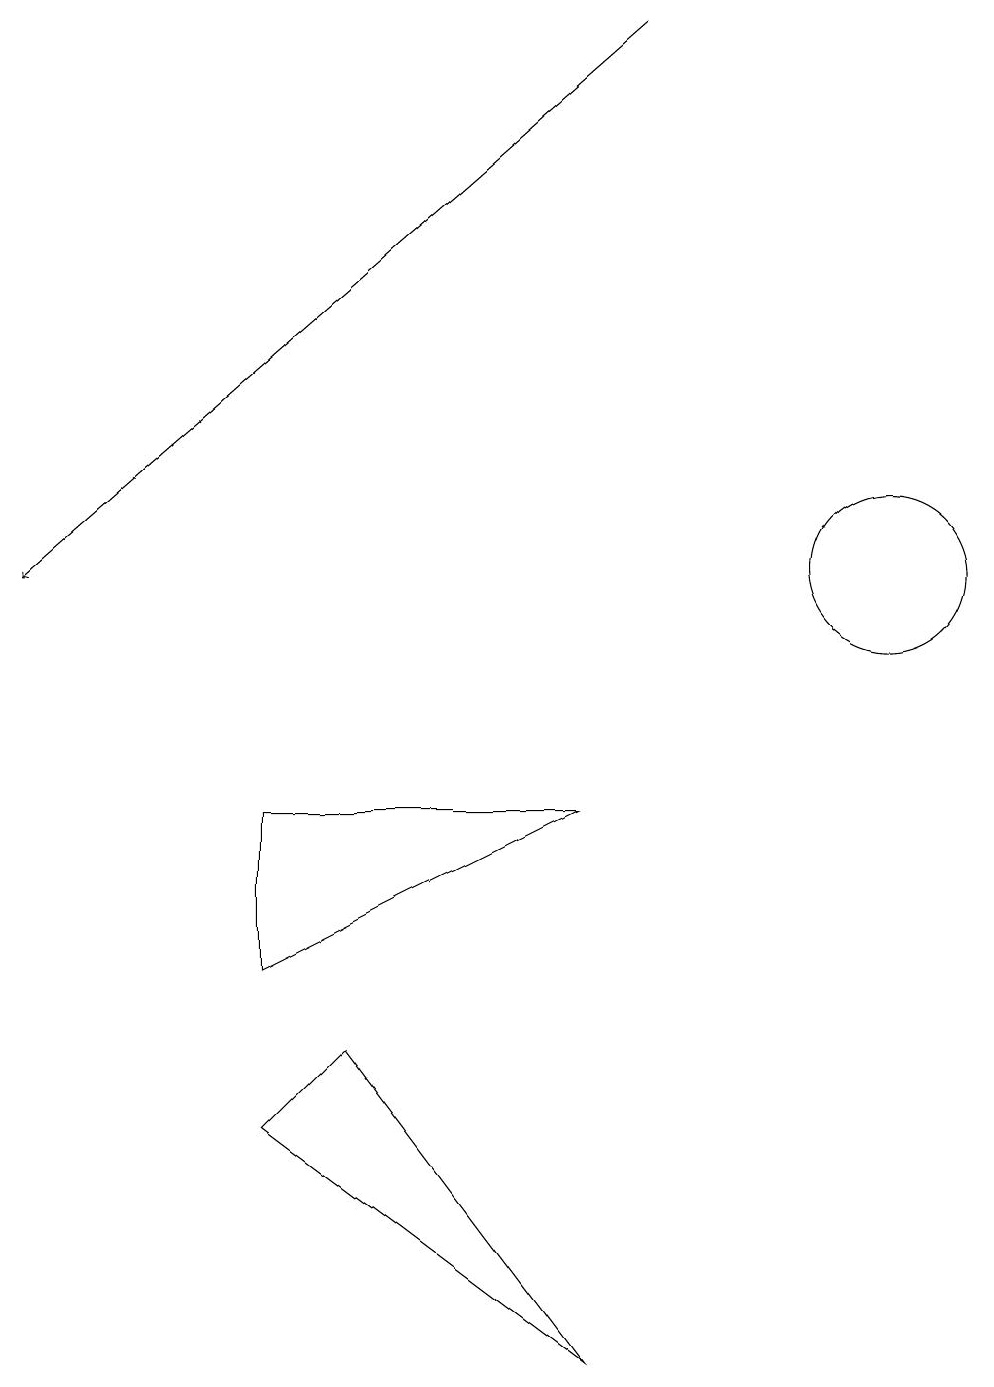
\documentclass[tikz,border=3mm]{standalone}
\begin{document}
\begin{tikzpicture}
\draw[->] (9,17) -- (1,10);
\draw (8,0) -- (5,4) -- (4,3) -- cycle;
\draw (8,7) -- (4,7) -- (4,5) -- cycle;
\draw (12,10) circle (1);
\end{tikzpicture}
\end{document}